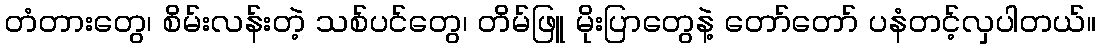
တံတားတွေ၊ စိမ်းလန်းတဲ့ သစ်ပင်တွေ၊ တိမ်ဖြူ မိုးပြာတွေနဲ့ တော်တော် ပနံတင့်လှပါတယ်။